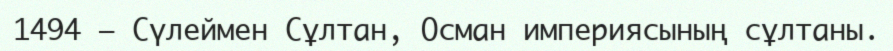
1494 — Сүлеймен Сұлтан, Осман империясының сұлтаны.